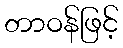
တာဝန်ဖြင့်